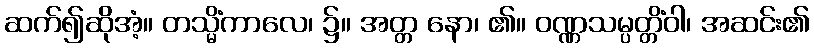
ဆက်၍ဆိုအံ့။ တသ္မိံကာလေ၊ ၌။ အတ္တ နော၊ ၏။ ဝဏ္ဏသမ္ပတ္တိံဝါ၊ အဆင်း၏